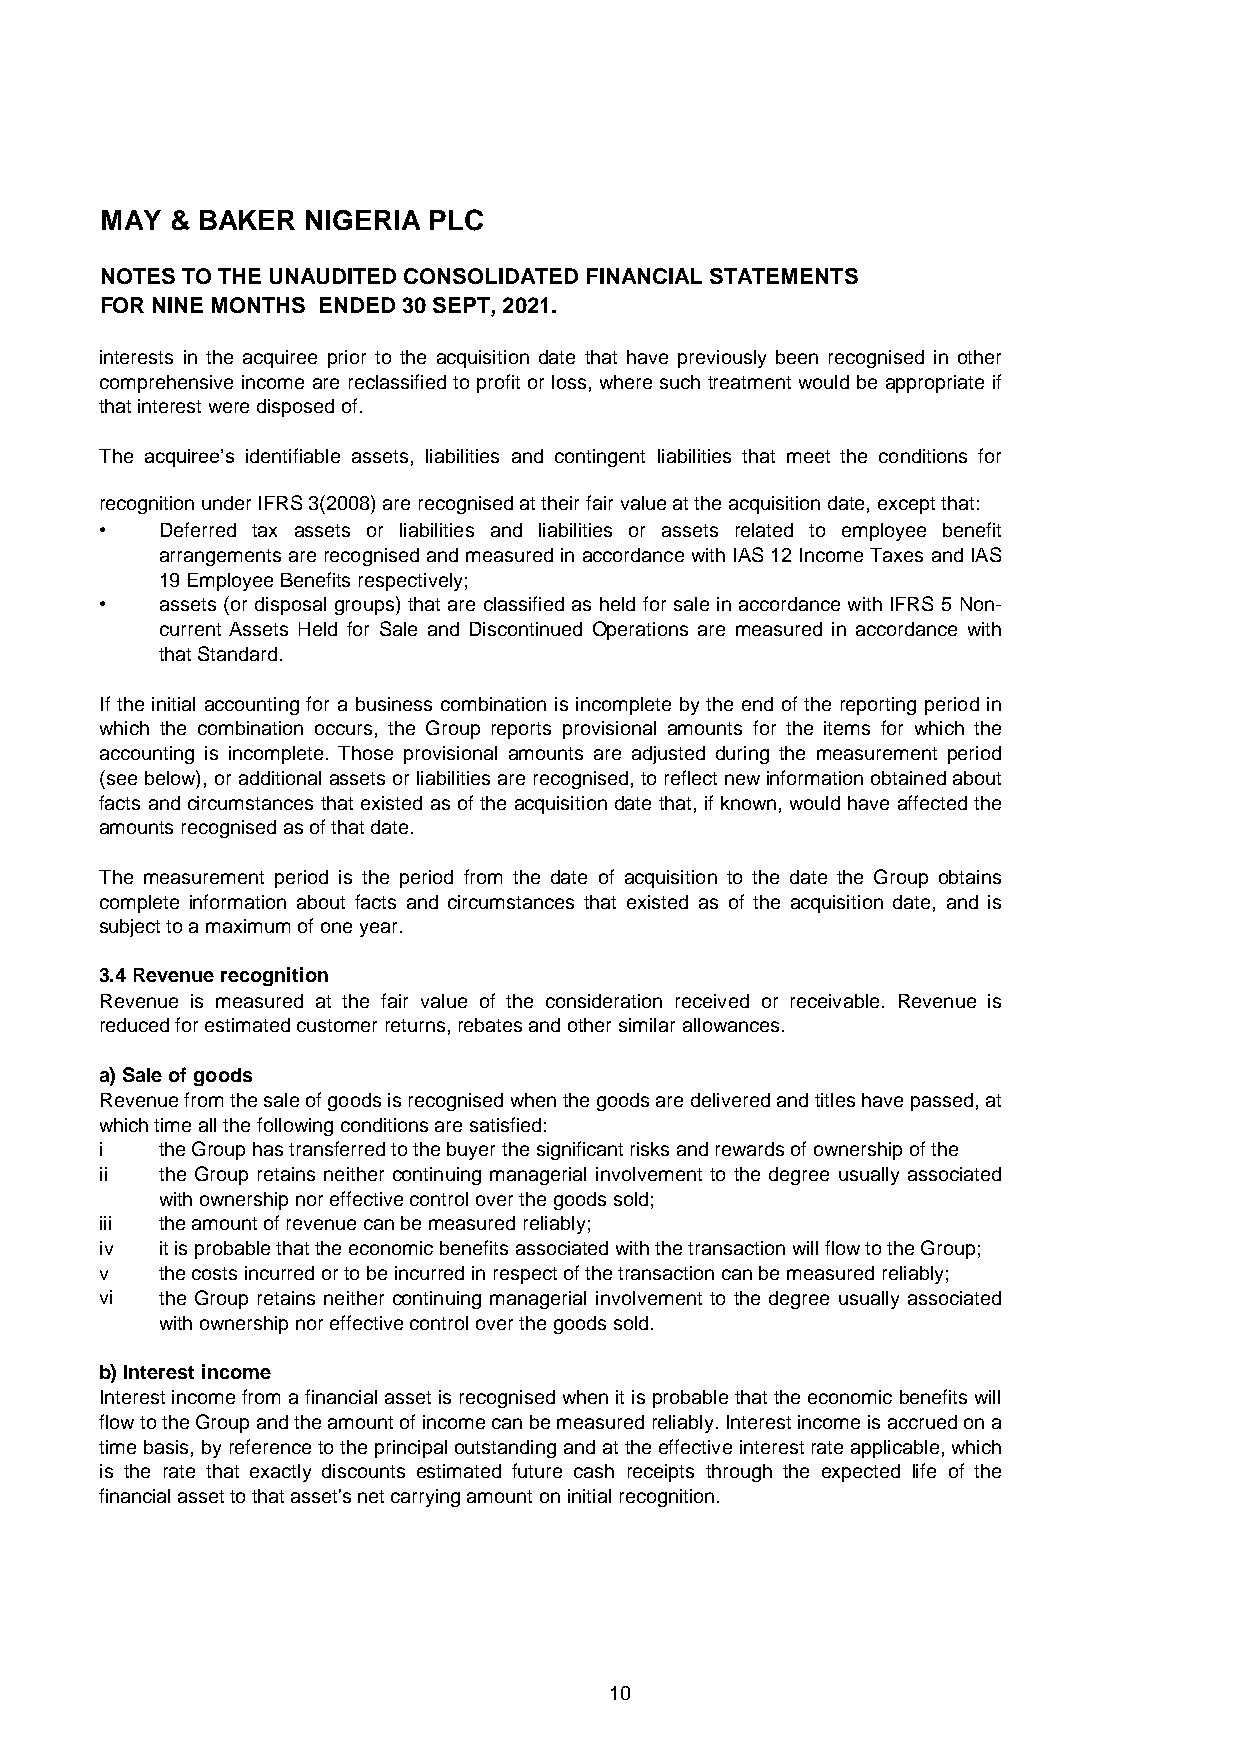
MAY & BAKER  NIGERIA PLC
 NOTES TO THE UNAUDITED CONSOLIDATED FINANCIAL STATEMENTS
 Where a business combination is achieved in stages, the Group’s previously-held interests in the
 aFcOqRui rNedINeEn tMityOaNreTrHeS-m eEaNsuDrEedD to30f aSirEvPaTlu,e 2a0t2t1h.e acquisition date (i.e. the date the Group attains
 c o n t r o l) and the resulting gain or loss, if any, is recognised in profit or loss. Amounts arising from
 interests in the acquiree prior to the acquisition date that have previously been recognised in other
 comprehensive income are reclassified to profit or loss,where suchtreatment would be appropriateif
 that interest were disposed of.
 The acquiree’s identifiable assets, liabilities and contingent liabilities that meet the conditions for
 recognition under IFRS 3(2008) are recognised at their fair value at the acquisition date, except that:
 •   Deferred tax assets or liabilities and liabilities or assets related to employee benefit
 arrangementsarerecognisedandmeasuredinaccordancewithIAS12IncomeTaxes andIAS
 19 Employee Benefits respectively;
 •   assets (or disposal groups) that are classified as held for sale in accordance with IFRS 5Non-
 current Assets Held for Sale and Discontinued Operations are measured in accordance with
 that Standard.
 If the initial accounting for a business combination is incomplete by the end of the reporting period in
 which the combination occurs, the Group reports provisional amounts for the items for which the
 accounting is incomplete. Those provisional amounts are adjusted during the measurement period
 (seebelow),oradditionalassetsorliabilitiesarerecognised,toreflectnewinformationobtainedabout
 facts andcircumstances thatexistedasof theacquisitiondatethat,if known,would have affectedthe
 amounts recognised as of that date.
 The measurement period is the period from the date of acquisition to the date the Group obtains
 complete information about facts and circumstances that existed as of the acquisition date, and is
 subject to a maximum of one year.
 3.4 Revenue recognition
 Revenue is measured at the fair value of the consideration received or receivable. Revenue is
 reduced for estimated customer returns, rebates and other similar allowances.
 a) Sale of goods
 Revenuefromthesaleofgoodsisrecognisedwhenthegoodsaredeliveredandtitleshavepassed,at
 which time all the following conditions are satisfied:
 i   the Group has transferred to the buyer the significant risks and rewards of ownership of the
 ii  the Group retains neither continuing managerial involvement to the degree usually associated
 with ownership nor effective control over the goods sold;
 iii the amount of revenue can be measured reliably;
 iv  it is probable that the economic benefits associated with the transaction will flow to the Group;
 v   the costs incurred or to be incurred in respect of the transaction can be measured reliably;
 vi  the Group retains neither continuing managerial involvement to the degree usually associated
 with ownership nor effective control over the goods sold.
 b) Interest income
 Interestincomefromafinancialassetisrecognisedwhenitisprobablethattheeconomicbenefitswill
 flowtotheGroupandtheamountofincomecanbemeasuredreliably.Interestincomeisaccruedona
 timebasis,byreferencetotheprincipaloutstandingandattheeffectiveinterestrateapplicable,which
 is the rate that exactly discounts estimated future cash receipts through the expected life of the
 financial asset to that asset's net carrying amount on initial recognition.
 10